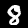
Digit: 8